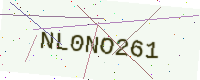
Text: NL0NO261